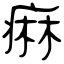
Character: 痳